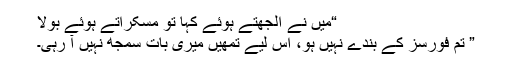
“میں نے الجھتے ہوئے کہا تو مسکراتے ہوئے بولا
” تم فورسز کے بندے نہیں ہو، اس لیے تمھیں میری بات سمجھ نہیں آ رہی۔